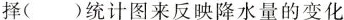
择()统计图来反映降水量的变化